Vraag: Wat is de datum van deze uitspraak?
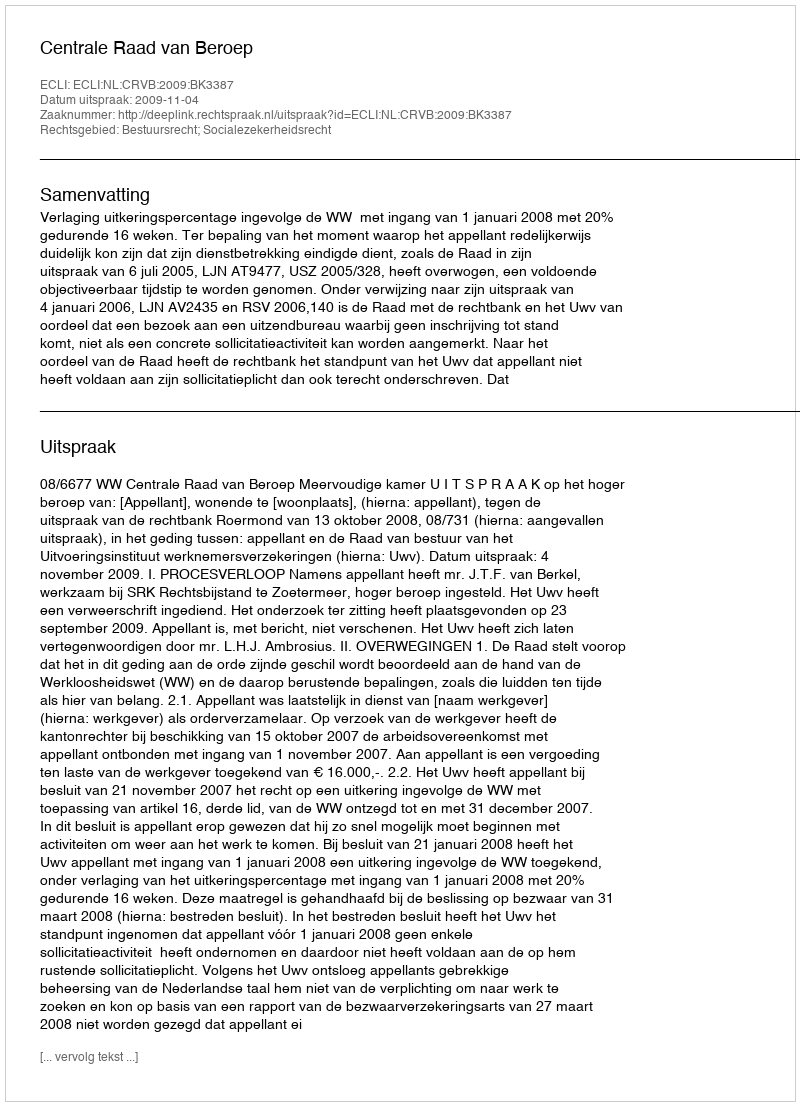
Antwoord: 2009-11-04